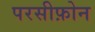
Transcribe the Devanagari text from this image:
परसीफ़ोन